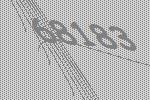
68183